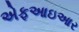
એફઆઇઆર